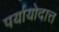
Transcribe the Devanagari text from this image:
पर्यायोदात्त